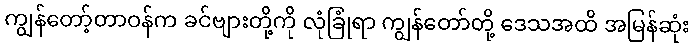
ကျွန်တော့်တာဝန်က ခင်ဗျားတို့ကို လုံခြုံရာ ကျွန်တော်တို့ ဒေသအထိ အမြန်ဆုံး